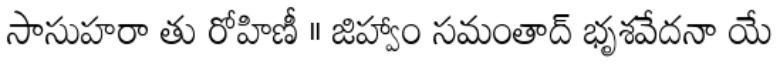
సాసుహరా తు రోహిణీ ॥ జిహ్వాం సమంతాద్ భృశవేదనా యే